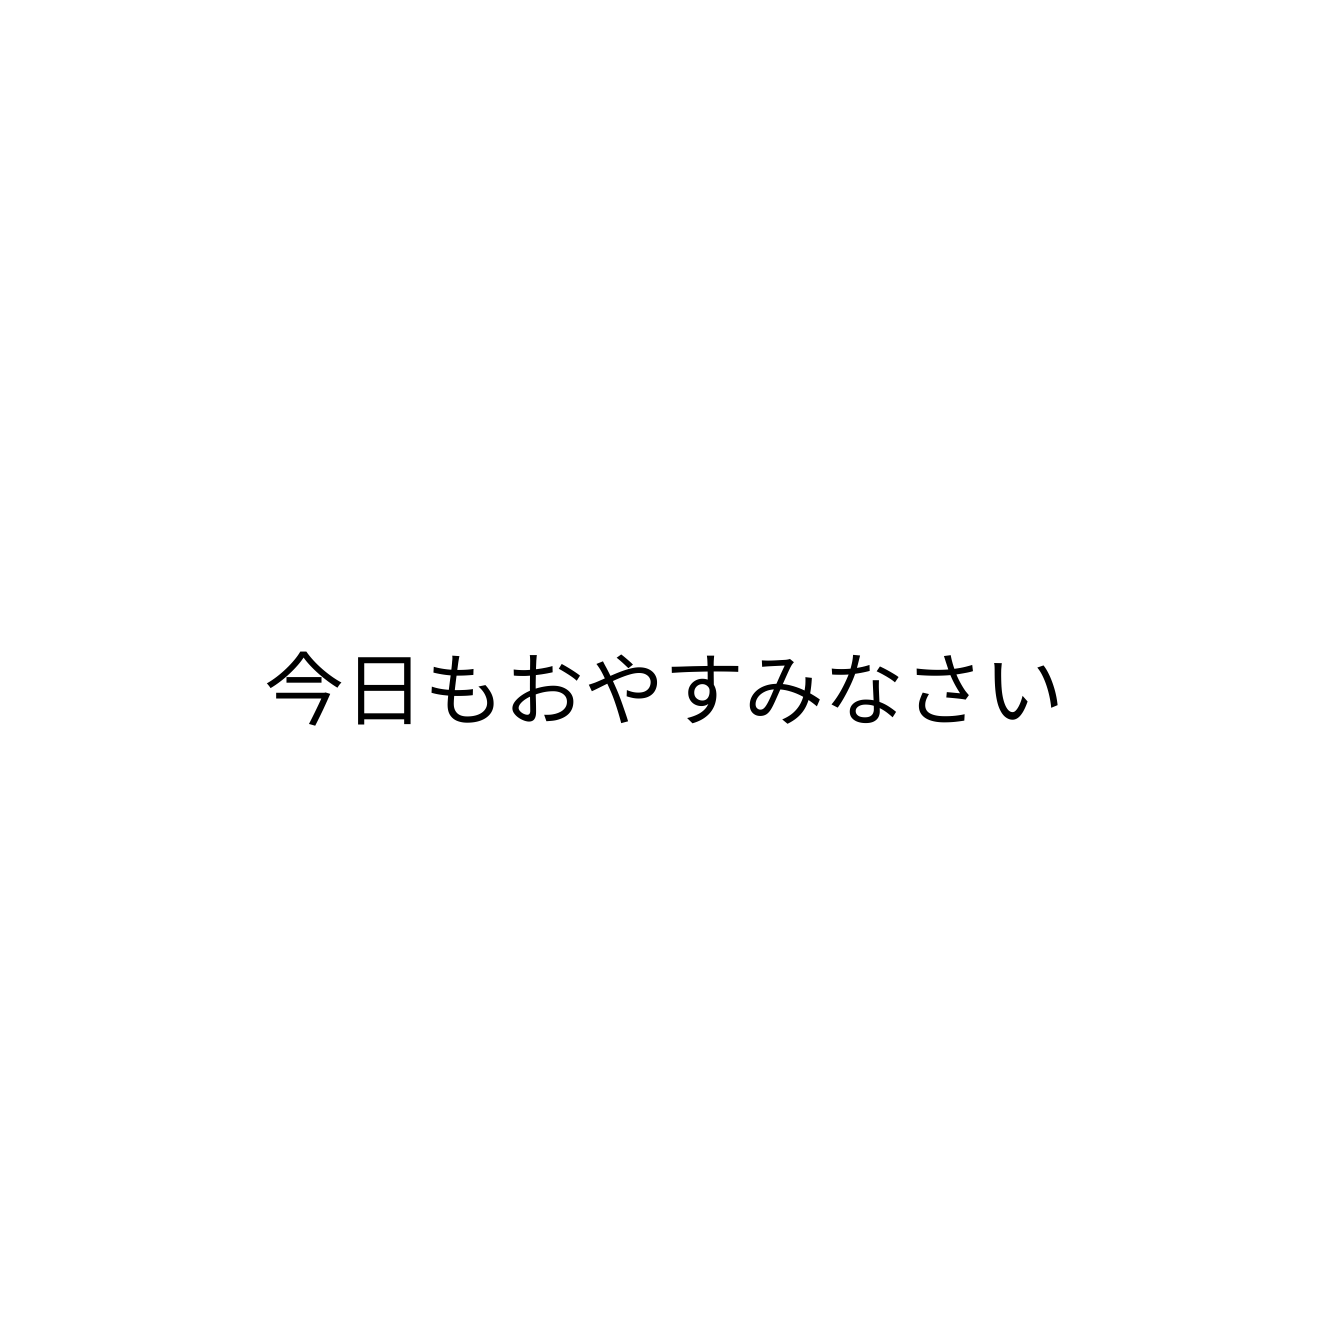
今日もおやすみなさい